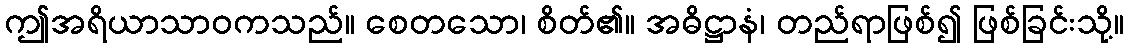
ဤအရိယာသာဝကသည်။ စေတသော၊ စိတ်၏။ အဓိဋ္ဌာနံ၊ တည်ရာဖြစ်၍ ဖြစ်ခြင်းသို့။